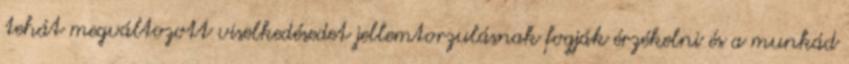
tehát megváltozott viselkedésedet jellemtorzulásnak fogják érzékelni és a munkád